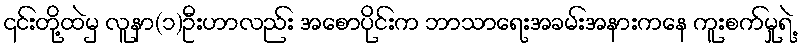
၎င်းတို့ထဲမှ လူနာ(၁)ဦးဟာလည်း အစောပိုင်းက ဘာသာရေးအခမ်းအနားကနေ ကူးစက်မှုရဲ့